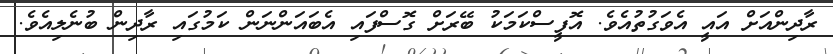
ރާދިންއަށް އައީ އެވަގުތުއެވެ. އޮފީސްކަމަކު ބޭރަށް ގޮސްފައި އެބައަންނަން ކަމުގައި ރާދިން ބުނެލިއެވެ.